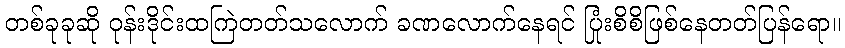
တစ်ခုခုဆို ဝုန်းဒိုင်းထကြဲတတ်သလောက် ခဏလောက်နေရင် ပြုံးစိစိဖြစ်နေတတ်ပြန်ရော။